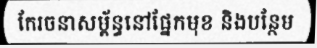
កែរចនាសម្ព័ន្ធនៅផ្នែកមុខ និងបន្ថែម